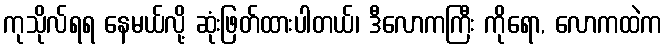
ကုသိုလ်ရရ နေမယ်လို့ ဆုံးဖြတ်ထားပါတယ်၊ ဒီလောကကြီး ကိုရော, လောကထဲက